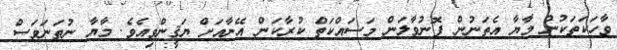
ވާހަކަތަކުން މާޔާ އެތަނުން ފޮނުވާލަން މަސައްކަތް ކުރާކަން އޭނާއަށް ޔަޤީންވިއެވެ. މާޔާ ނުތަނަވަސް